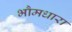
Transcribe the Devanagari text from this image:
भौमधारा